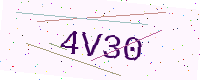
Text: 4V30